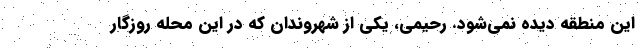
این منطقه دیده نمی‌شود. رحیمی، یکی از شهروندان که در این محله روزگار